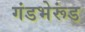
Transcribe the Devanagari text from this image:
गंडभेरूंड